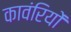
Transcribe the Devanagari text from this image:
कावंरियों